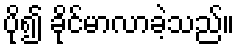
ပို၍ ခိုင်မာလာခဲ့သည်။